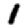
Digit: 1